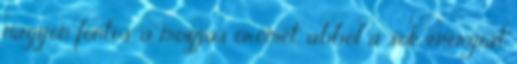
nagyon fontos, a mozgás örömét, abból a sok energiát